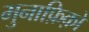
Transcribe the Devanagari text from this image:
मुनाफ़िक़ो